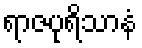
ရာဇပုရိသာနံ